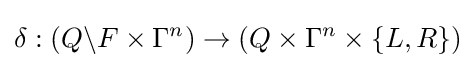
\delta :\left(Q\backslash F\times \Gamma ^{n}\right)\rightarrow \left(Q\times \Gamma ^{n}\times \{L,R\}\right)